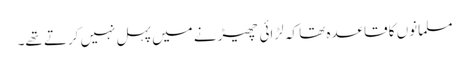
مسلمانوں کا قاعدہ تھا کہ لڑائی چھیڑنے میں پہل نہیں کرتے تھے۔